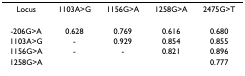
<table><thead><tr><td><b>Locus</b></td><td><b>1103A&gt;G</b></td><td><b>1156G&gt;A</b></td><td><b>1258G&gt;A</b></td><td><b>2475G&gt;T</b></td></tr></thead><tbody><tr><td>-206G&gt;A</td><td>0.628</td><td>0.769</td><td>0.616</td><td>0.680</td></tr><tr><td>1103A&gt;G</td><td>-</td><td>0.929</td><td>0.854</td><td>0.855</td></tr><tr><td>1156G&gt;A</td><td>-</td><td>-</td><td>0.821</td><td>0.896</td></tr><tr><td>1258G&gt;A</td><td></td><td></td><td></td><td>0.777</td></tr></tbody></table>